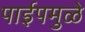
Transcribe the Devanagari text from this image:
पाईपमुळे